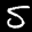
Label: 5